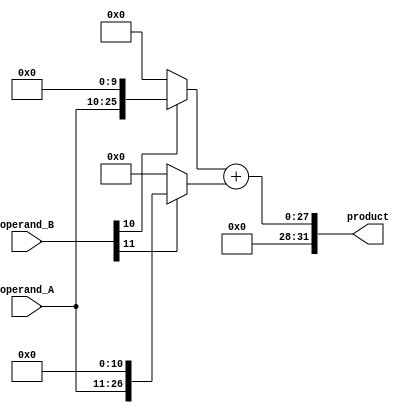
module WallaceTreeMultiplier (
    input [15:0] operand_A,
    input [15:0] operand_B,
    output [31:0] product
);

reg [31:0] partial_products [0:31];

generate
    genvar i;
    for (i = 0; i < 16; i = i + 1) begin : multiplier
        assign partial_products[i] = operand_B[i] ? (operand_A << i) : 0;
    end

    for (i = 0; i < 5; i = i + 1) begin : adder
        assign partial_products[16 + i] = partial_products[2*i] + partial_products[2*i + 1];
    end

    for (i = 0; i < 2; i = i + 1) begin : final_adder
        assign partial_products[21 + i] = partial_products[10 + i] + partial_products[11 + i];
    end

    assign product = partial_products[21];
endgenerate

endmodule